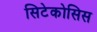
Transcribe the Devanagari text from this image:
सिटेकोसिस